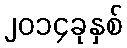
၂၀၁၄ခုနှစ်